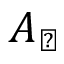
A _ { \perp }